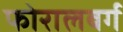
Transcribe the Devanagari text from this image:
फोरालबर्ग